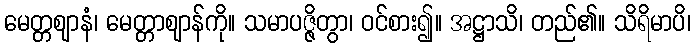
မေတ္တဈာနံ၊ မေတ္တာဈာန်ကို။ သမာပဇ္ဇိတွာ၊ ဝင်စား၍။ အဋ္ဌာသိ၊ တည်၏။ သိရိမာပိ၊